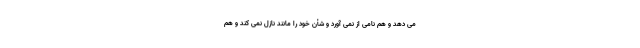
می دهد و هم نامی از نمی آورد و شأن خود را مانند نازل نمی کند و هم